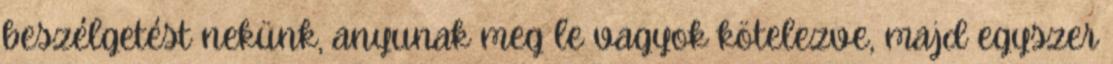
beszélgetést nekünk, anyunak meg le vagyok kötelezve, majd egyszer